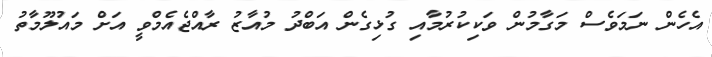
އެހެން ނަމަވެސް މަގާމުން ވަކިކުރުމާއި ގުޅިގެން އަބްދު މުއާޒު ރާއްޖެއެމްވީ އަށް މައުލޫމާތު